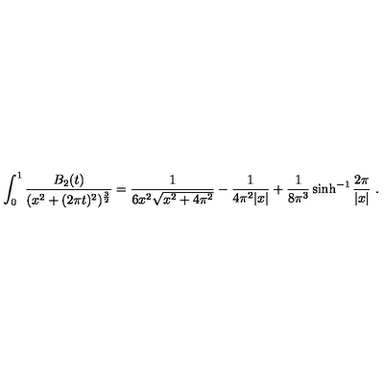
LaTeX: \int _ { 0 } ^ { 1 } { \frac { B _ { 2 } ( t ) } { ( x ^ { 2 } + ( 2 \pi t ) ^ { 2 } ) ^ { { \frac { 3 } { 2 } } } } } = { \frac { 1 } { 6 x ^ { 2 } \sqrt { x ^ { 2 } + 4 \pi ^ { 2 } } } } - { \frac { 1 } { 4 \pi ^ { 2 } | x | } } + { \frac { 1 } { 8 \pi ^ { 3 } } } \sinh ^ { - 1 } { \frac { 2 \pi } { | x | } } \ .